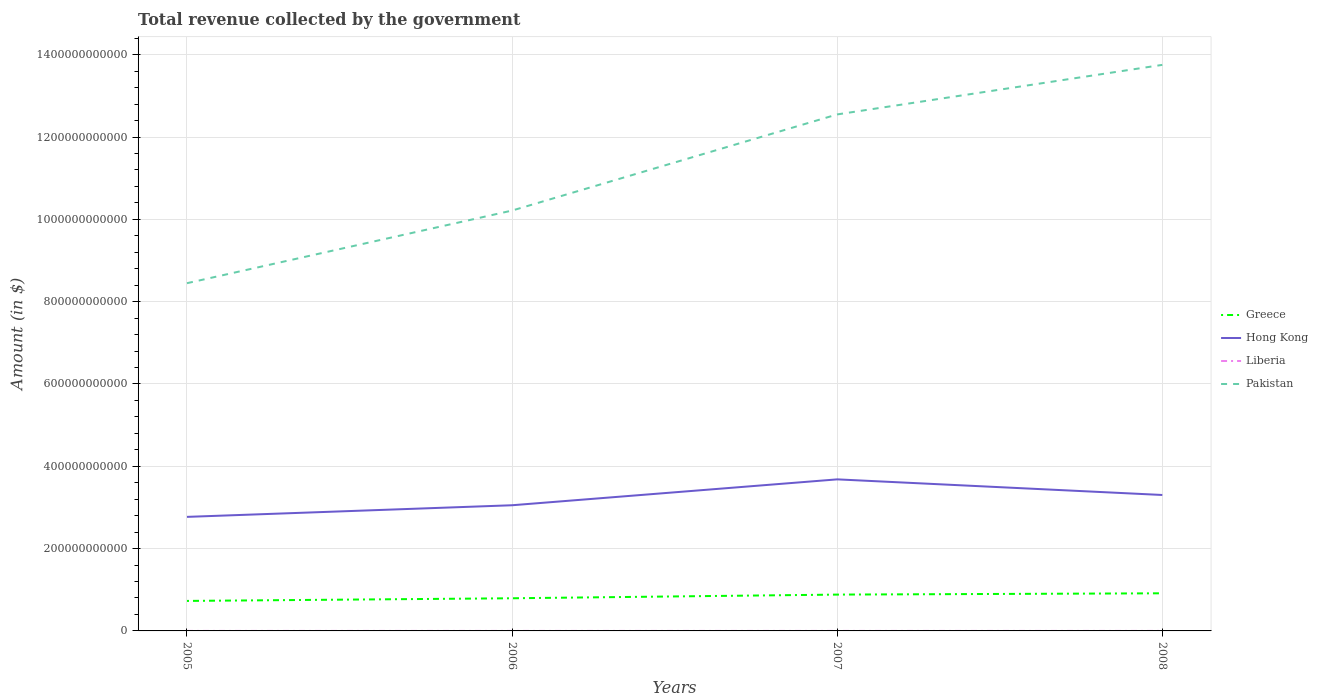
| Years | Greece | Hong Kong | Liberia | Pakistan |
 | --- | --- | --- | --- | --- |
 | 2005 | 7.29e+10 | 2.77e+11 | 1.39e+06 | 8.45e+11 |
 | 2006 | 7.93e+10 | 3.05e+11 | 1.46e+06 | 1.02e+12 |
 | 2007 | 8.83e+10 | 3.68e+11 | 2.4e+06 | 1.25e+12 |
 | 2008 | 9.14e+10 | 3.3e+11 | 3.18e+06 | 1.38e+12 |